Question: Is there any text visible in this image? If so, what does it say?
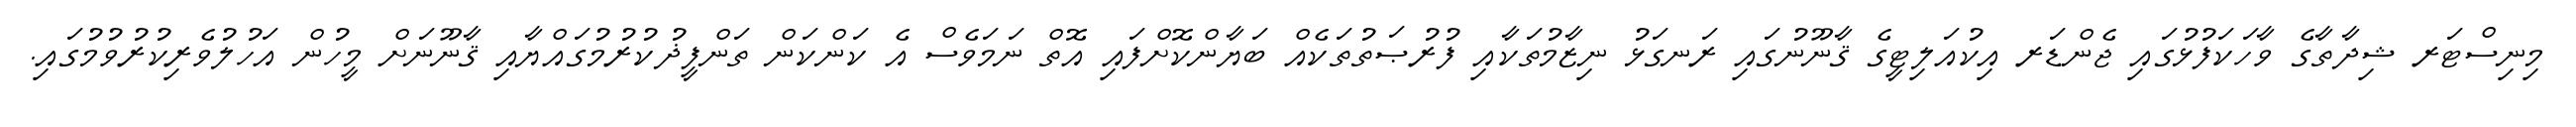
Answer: މިނިސްޓަރ ޝިދާތާގެ ވާހަކަފުޅުގައި ޖެންޑަރ އިކުއަލިޓީގެ ޤާނޫނުގައި ރަނގަޅު ނިޒާމުތަކާއި ފުރުޞަތުތަކެއް ބަޔާންކޮށްފައި އޮތް ނަމަވެސް އެ ކަންކަން ތަންފީޛުކުރުމުގައްޔާއި ޤާނޫނަށް މީހުން އަހުލުވެރިކުރުވުމުގައި.